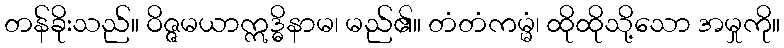
တန်ခိုးသည်။ ဝိဇ္ဇမယာဣဒ္ဓိနာမ၊ မည်၏။ တံတံကမ္မံ၊ ထိုထိုသို့သော အမှုကို။